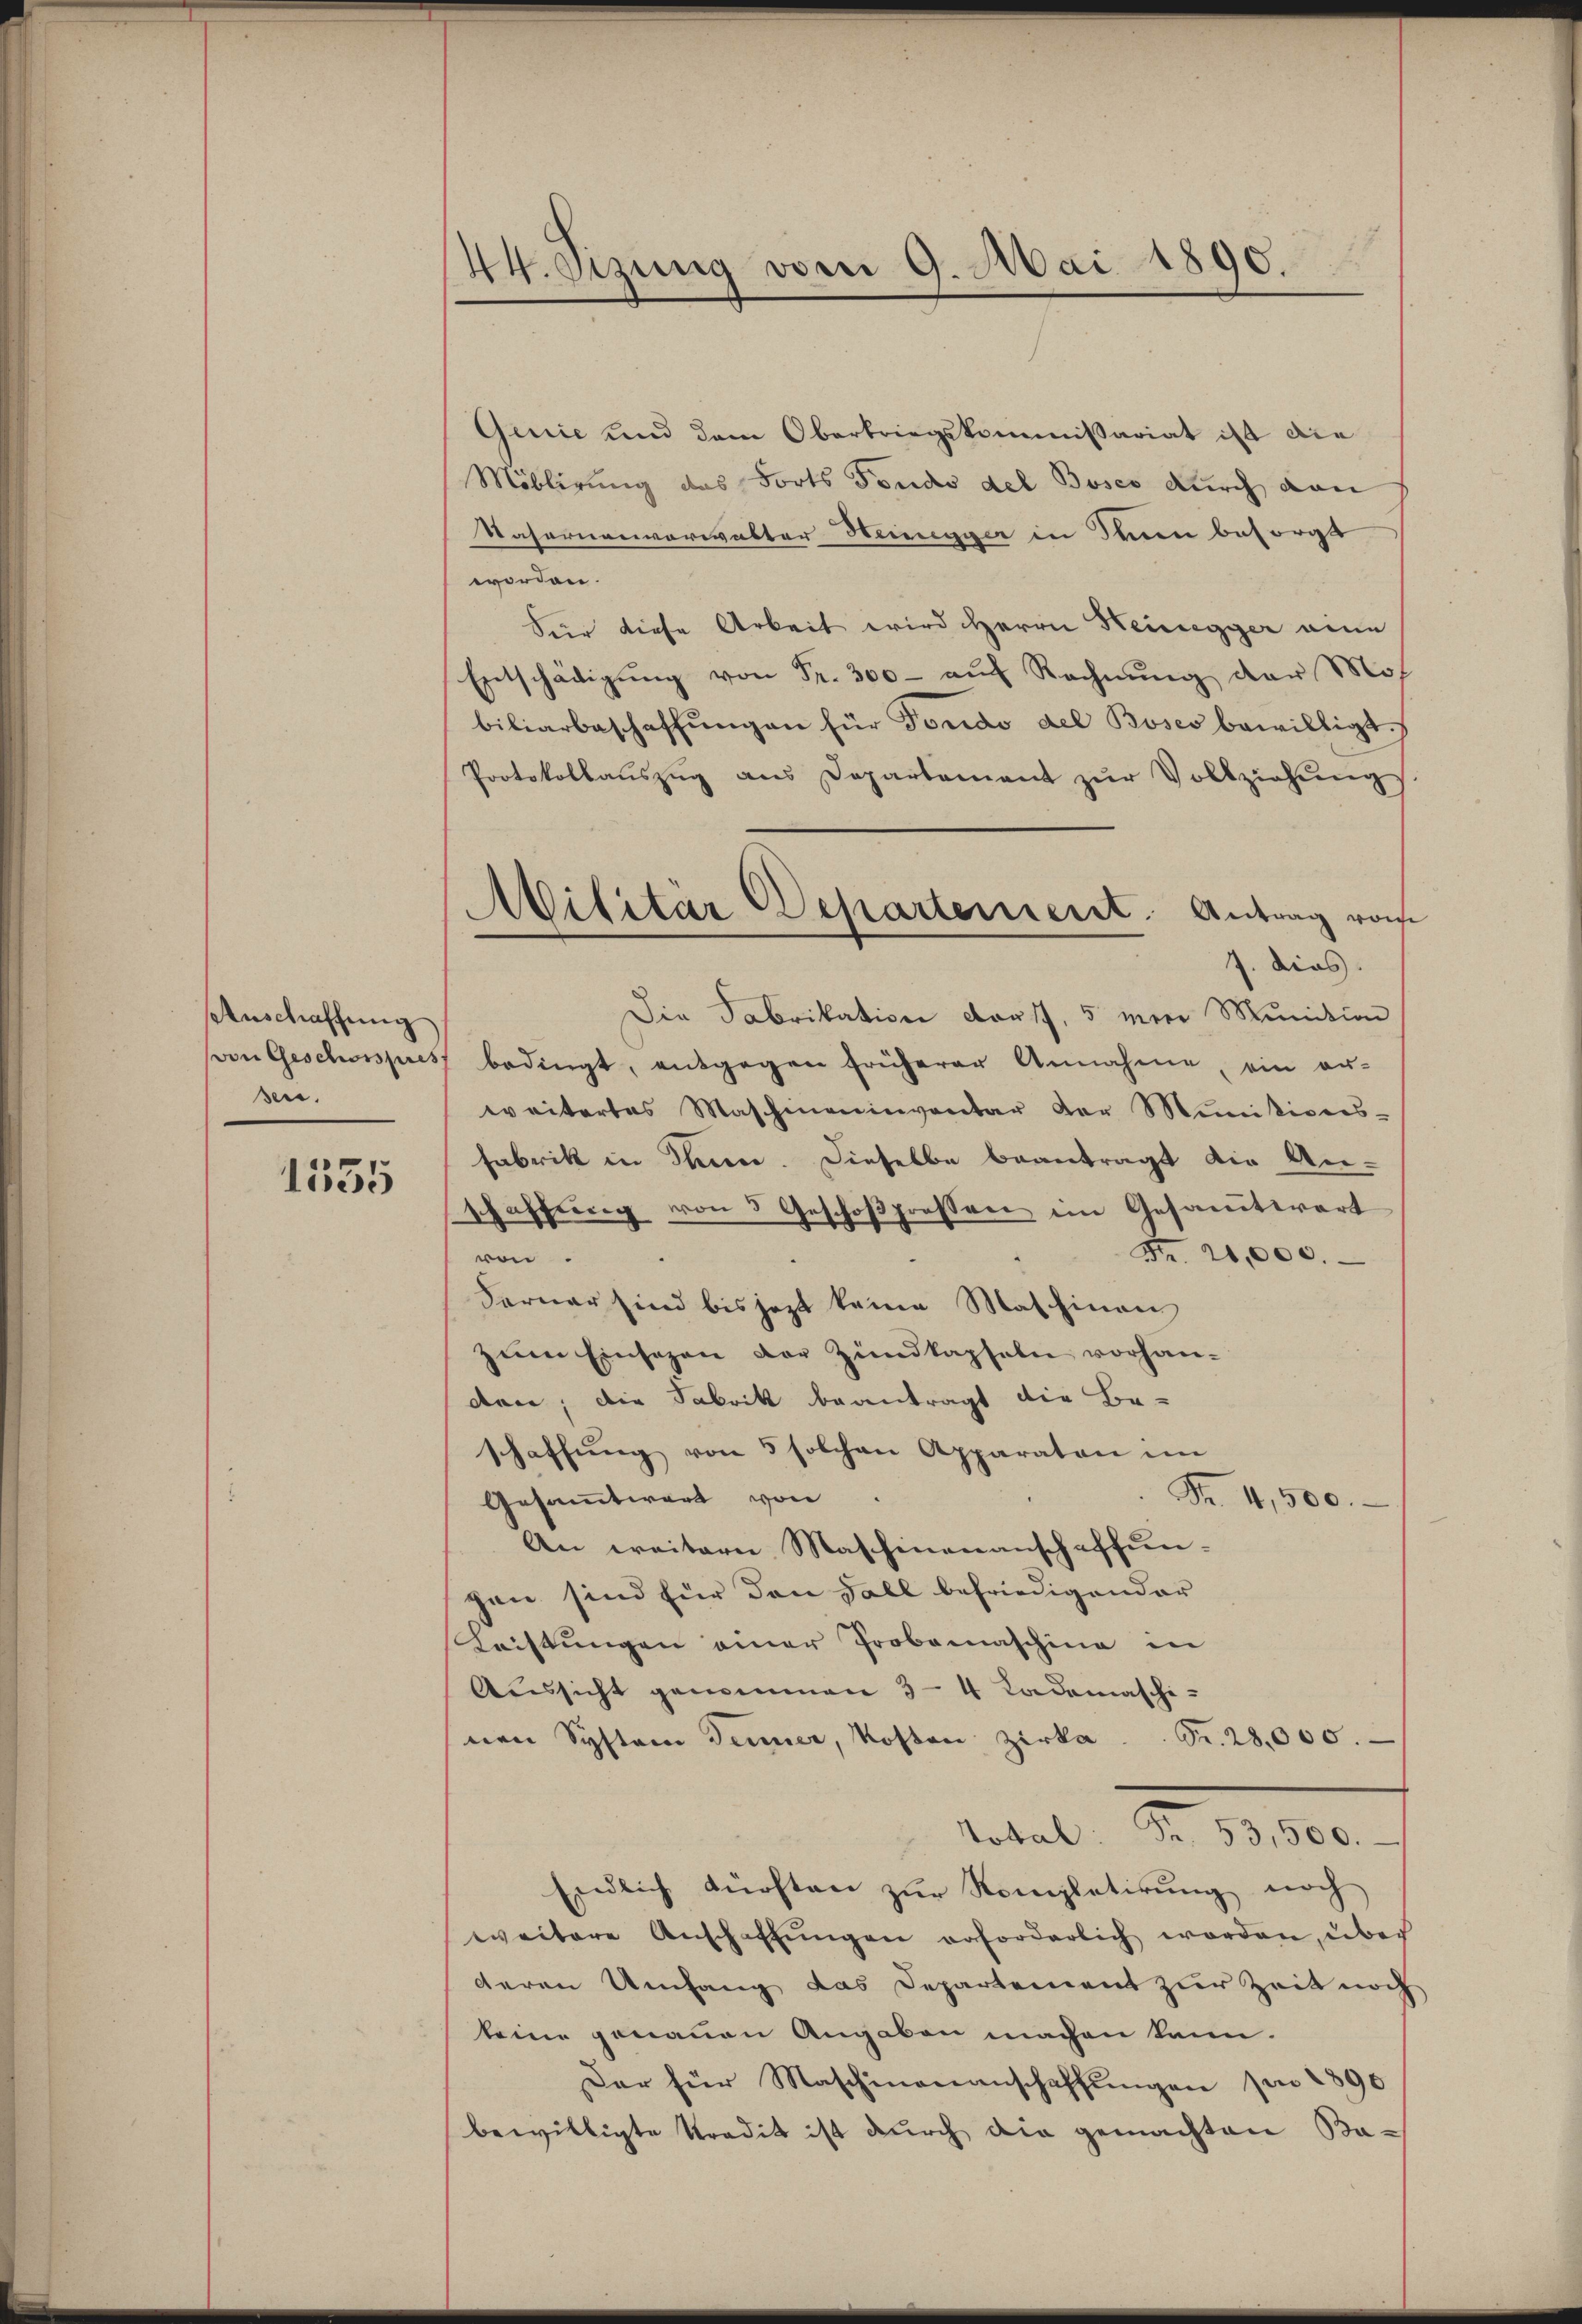
Anschaffung
sen.

1535

1
44. Sizung vom 9. Mai 1890.

Militär Departement. Antrag von

Genić und dem Obertriegskommissariat ist die
Möblirung das Forts Fondo del Bosco durch von
Kasernenverwalter Hengger in Neuen besorgt
worden.
Sir diese Arbeit wird Herrn Heinegger eine
Entschädigŭng von Fr. 300 - auf Rechnung der Mos
biliarbeschaffŭngen für Fondo del Boses bewilligt.
Protokollaŭszŭg aŭs Departement zŭr Vollziehŭng
J. dies.
Die Fabrikation darst, 5 mon Munition
von Geschosspres bedingt, entgegen früherer Annahme, ein an-
weitertes Maschineinventar der Minitivens-
Fabrik in Thiene. Dieselbe beantragt die An-
schaffŭng von 3 Geschoβpressen im Gesamtwart
Nr. 20,000.
ven.
Ferner sind bis jezt keine Maschinen
zum Einsagen der Zundkapseln vorhanden; die Fabrik beantragt die Be-
schaffŭng von 5 solchen Apparaton im
Gesammtwart von
Fr. 4,500.
An weitern Maschinenanschaffungen sind für den Fall befriedigender
Leistungen einer Probemaschine in
Aussicht genommen 3-4 Lademaschi-
nen System Jenner, Kosten Zirka  ..  Fr. 28,000.
Total. Fr. 53,500.
Endlich dürften zŭr Kompletirung noch
weitere Anschaffŭngen erforderlich worden, über
deren Umfang das Departement zur Zeit noch
keine genauen Angaben machen kann.
Dar für Maschinenanschaffŭngen pro 1890
bewilligte tradit ist durch die gemachten Ba-